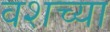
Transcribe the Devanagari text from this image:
वशच्या